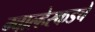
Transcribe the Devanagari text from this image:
ग्वाल्हेरकडचे